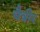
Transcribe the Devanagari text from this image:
चैत्रीर